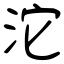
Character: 沱